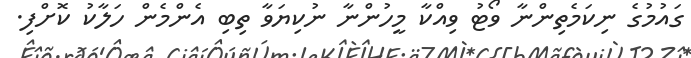
ގައުމުގެ ނިކަމެތިންނާ ވޯޓު ވިއްކާ މީހުންނާ ނުކިޔަވާ ތިބި އެންމެން ހަލާކު ކޮށްފި.